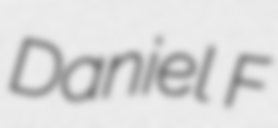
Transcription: Daniel F